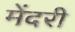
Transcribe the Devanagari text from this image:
मेंदरी